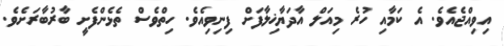
އިވިއްޖެއެވެ. އެ ކަމާއި ހުރެ މިއަލް އާދަޔާޚިލާފަށް ފިނިވިއެވެ. ހިތްވެސް ތެޅެންފެށީ ބާރުބާރަށެވެ.